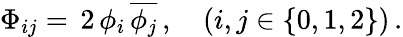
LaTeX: \Phi_{ij}=\, 2\, \phi_{i}\, {\overline{{\phi_{j}}}}\, ,\quad(i,j\in\{ 0,1,2\} )\, .